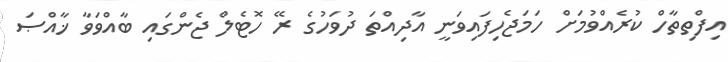
އިފްތިތާހް ކުރެއްވުމަށް ހަމަޖެހިފައިވަނީ އާދިއްތަ ދުވަހުގެ ރޭ ހޮޓެލް ޖެންގައި ބާއްވަވާ ޚާއްޞަ